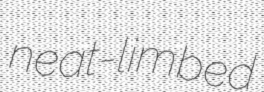
neat-limbed